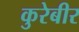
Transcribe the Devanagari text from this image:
कुरेबीर